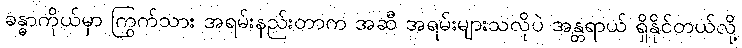
ခန္ဓာကိုယ်မှာ ကြွက်သား အရမ်းနည်းတာက အဆီ အရမ်းများသလိုပဲ အန္တရာယ် ရှိနိုင်တယ်လို့